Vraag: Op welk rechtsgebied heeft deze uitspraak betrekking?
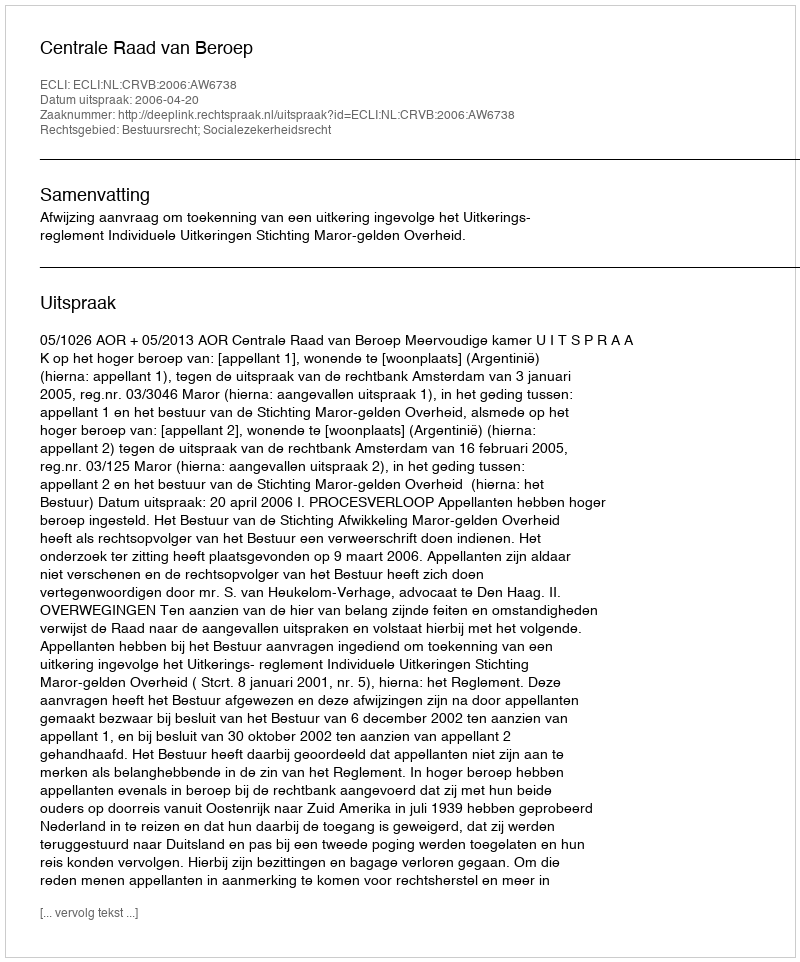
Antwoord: Bestuursrecht; Socialezekerheidsrecht